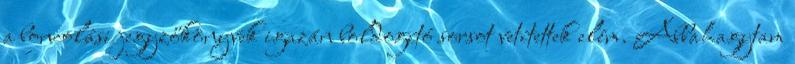
a boncolási jegyzőkönyvek igazán boldogító sorsot vetítettek elém. Abbahagytam